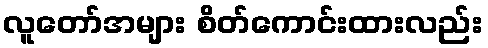
လူတော်အများ စိတ်ကောင်းထားလည်း